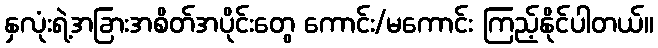
နှလုံးရဲ့အခြားအစိတ်အပိုင်းတွေ ကောင်း/မကောင်း ကြည့်နိုင်ပါတယ်။